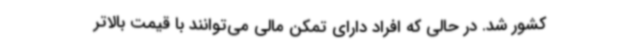
کشور شد. در حالی که افراد دارای تمکن مالی می‌توانند با قیمت بالاتر